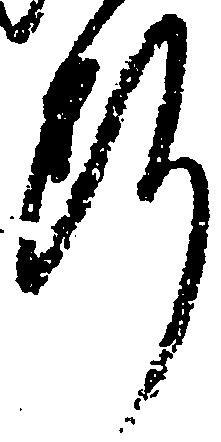
断